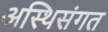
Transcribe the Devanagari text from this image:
अस्थिसंगत